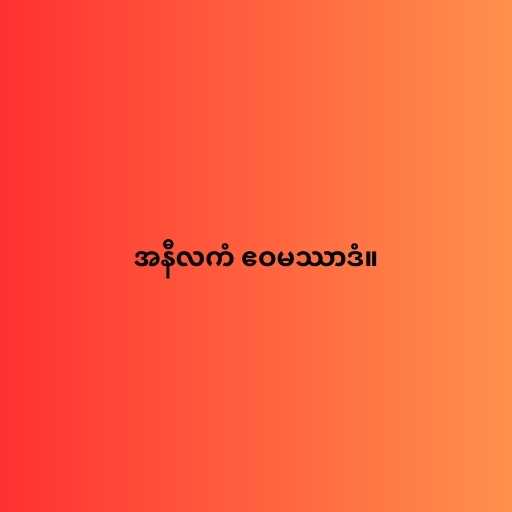
အနီလကံ ဧဝမဿာဒံ။